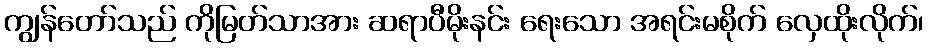
ကျွန်တော်သည် ကိုမြတ်သာအား ဆရာပီမိုးနင်း ရေးသော အရင်းမစိုက် လှေထိုးလိုက်၊